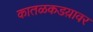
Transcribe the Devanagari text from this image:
कातळकडय़ावर